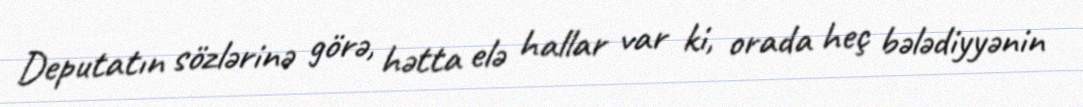
Deputatın sözlərinə görə, hətta elə hallar var ki, orada heç bələdiyyənin